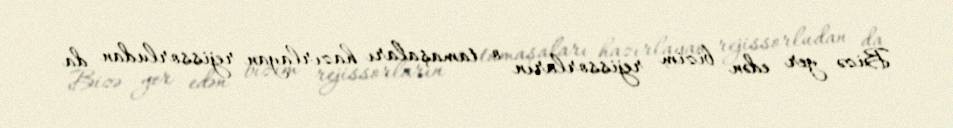
Bizə yer edən bizim rejissorların o tamaşaları hazırlayan rejissorludan da